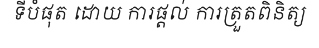
ទីបំផុត ដោយ ការផ្តល់ ការត្រួតពិនិត្យ